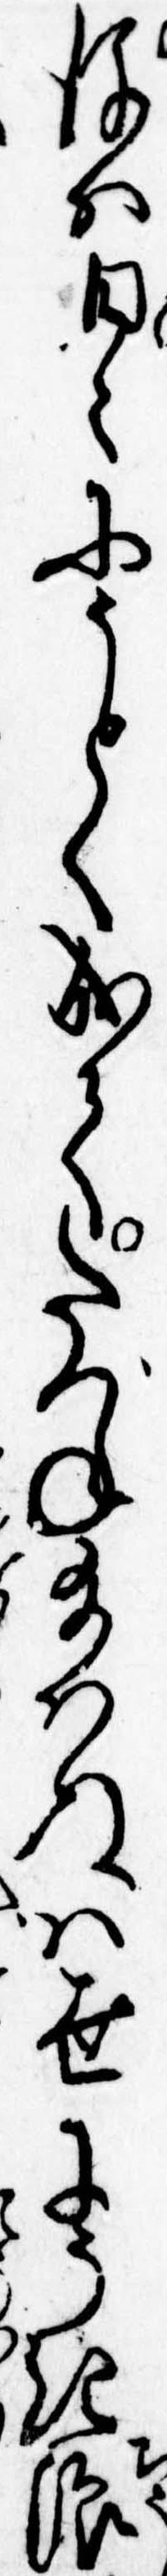
後は日々にうとく成てたづね給はぬは世にうき浪